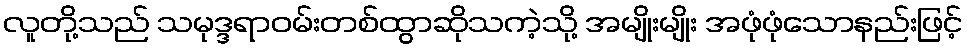
လူတို့သည် သမုဒ္ဒရာဝမ်းတစ်ထွာဆိုသကဲ့သို့ အမျိုးမျိုး အဖုံဖုံသောနည်းဖြင့်